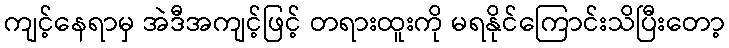
ကျင့်နေရာမှ အဲဒီအကျင့်ဖြင့် တရားထူးကို မရနိုင်ကြောင်းသိပြီးတော့